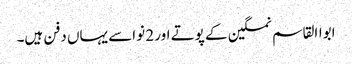
ابواالقاسم نمکین کے پوتے اور 2 نواسے یہاں دفن ہیں۔